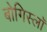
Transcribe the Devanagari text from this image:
बोगिस्लॉ